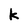
Character: k